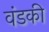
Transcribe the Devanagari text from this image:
वंडकी